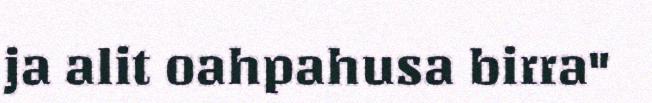
ja alit oahpahusa birra"